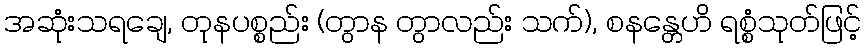
အဆုံးသရချေ, တုနပစ္စည်း (တွာန တွာလည်း သက်), စနန္တေဟိ ရစ္စံသုတ်ဖြင့်